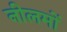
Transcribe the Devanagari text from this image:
नीलमों